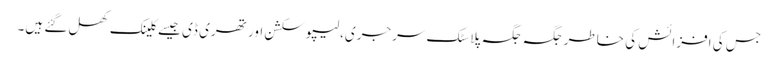
جس کی افزائش کی خاطر جگہ جگہ پلاسٹک سرجری،لیپو سکشن اور تھری ڈی جیسے کلینک کھل گئے ہیں۔